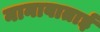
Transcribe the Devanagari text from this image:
नानावाताई